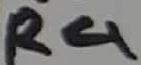
Text: R4